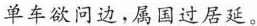
单车欲问边，属国过居延。